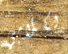
لكلامي